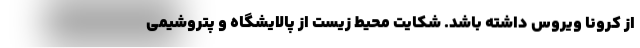
از کرونا ویروس داشته باشد. شکایت محیط زیست از پالایشگاه و پتروشیمی